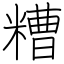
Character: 糟